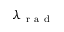
\lambda _ { \mathrm { ~ r ~ a ~ d ~ } }